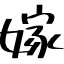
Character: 嫁